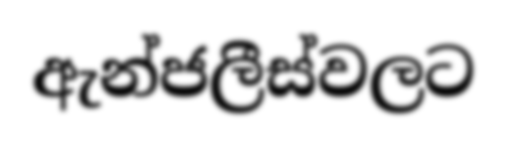
ඇන්ජලීස්වලට